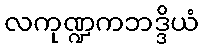
လကုဏ္ဍကဘဒ္ဒိယံ